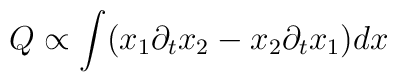
Q\propto\int (x_1\partial_t x_2-x_2\partial_t x_1) dx